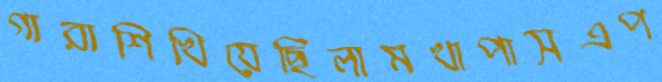
গারাশিখিয়েছিলামখাপাসএপ